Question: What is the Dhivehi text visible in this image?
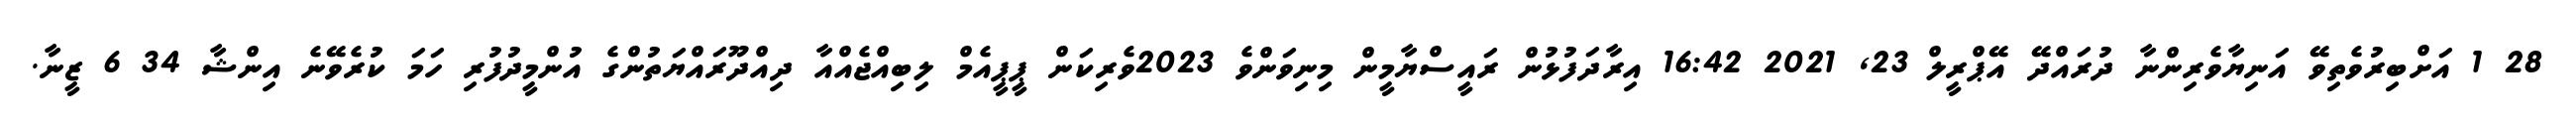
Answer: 28 1 އަށްބިރުވެތިވޭ އަނިޔާވެރިންނާ ދުރައްދޭ އޭޕްރީލް 23, 2021 16:42 އިރާދަފުޅުން ރައީސްޔާމީން މިނިވަންވެ 2023ވެރިކަން ޕީޕީއެމް ލިބިއްޖެއްއާ ދިއްދޫރައްޔަތުންގެ އުންމީދުފުރި ހަމަ ކުރެވޭނެ އިންޝާ 34 6 ޒީނާ.